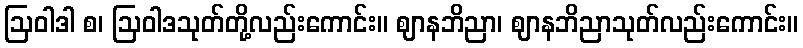
ဩဝါဒါ စ၊ ဩဝါဒသုတ်တို့လည်းကောင်း။ ဈာနဘိညာ၊ ဈာနဘိညာသုတ်လည်းကောင်း။